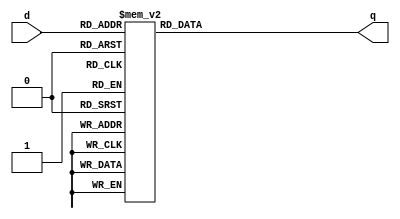
module _3_to_8_decoder(d, q); // 3 to 8 decoder
input [2:0]	d; 	// select signal
output reg [7:0] q;  
	
always@(d)
begin
	case(d) 
		3'b000 : q = 8'b0000_0001;
		3'b001 : q = 8'b0000_0010;
		3'b010 : q = 8'b0000_0100;
		3'b011 : q = 8'b0000_1000;
		3'b100 : q = 8'b0001_0000;
		3'b101 : q = 8'b0010_0000;
		3'b110 : q = 8'b0100_0000;
		3'b111 : q = 8'b1000_0000;
		default : q = 8'bx;
	endcase
end
	
endmodule